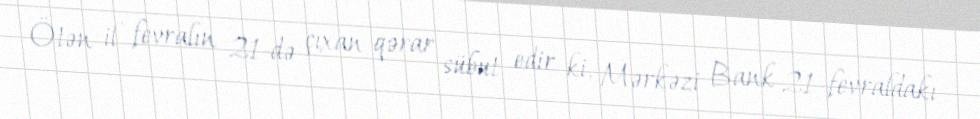
Ötən il fevralın 21-də çıxan qərar sübut edir ki, Mərkəzi Bank 21 fevraldakı